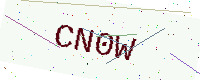
Text: CN0W